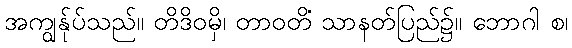
အကျွန်ုပ်သည်။ တိဒိဝမှိ၊ တာဝတိံ သာနတ်ပြည်၌။ ဘောဂါ စ၊